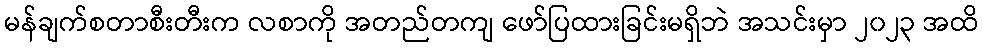
မန်ချက်စတာစီးတီးက လစာကို အတည်တကျ ဖော်ပြထားခြင်းမရှိဘဲ အသင်းမှာ ၂၀၂၃ အထိ